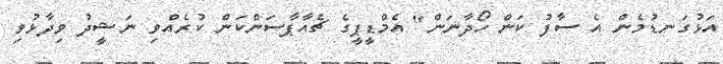
އަޅުގަނޑުމެން އެ ސާފު ކަން ހޯދާނަން" އެމްޑީޕީގެ ޗެއާޕާސަންކަން ކުރެއްވި ނަޝީދު ވިދާޅުވި